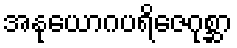
အနုယောဂပရိဇေဂုစ္ဆာ